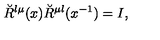
\breve { R } ^ { \l \mu } ( x ) \breve { R } ^ { \mu \l } ( x ^ { - 1 } ) = I ,